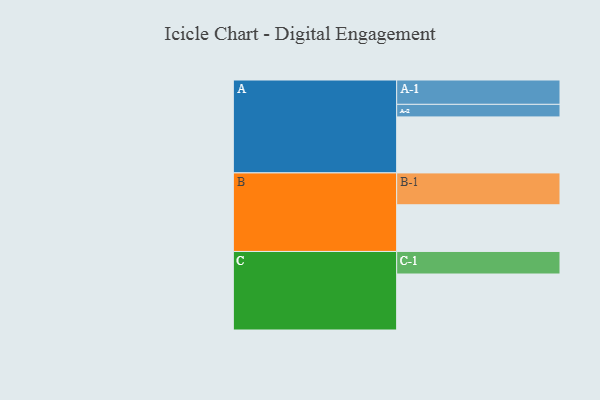
{"axis": {"x": "Segment", "y": "Value"}, "legend": ["", "A", "B", "C"], "data": [{"x": "A", "y": 499, "type": ""}, {"x": "B", "y": 416, "type": ""}, {"x": "C", "y": 499, "type": ""}, {"x": "A-1", "y": 217, "type": "A"}, {"x": "A-2", "y": 112, "type": "A"}, {"x": "B-1", "y": 284, "type": "B"}, {"x": "C-1", "y": 201, "type": "C"}]}